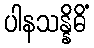
ပါနသန္နိဓိံ